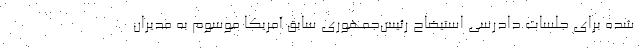
شده برای جلسات دادرسی استیضاح رئیس‌جمهوری سابق آمریکا موسوم به مدیران